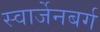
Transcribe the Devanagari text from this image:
स्वार्जेनबर्ग